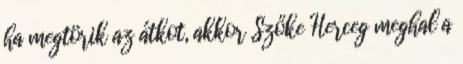
ha megtörik az átkot, akkor Szőke Herceg meghal a